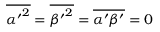
\overline { { { \alpha ^ { \prime } } ^ { 2 } } } = \overline { { { \beta ^ { \prime } } ^ { 2 } } } = \overline { { \alpha ^ { \prime } \beta ^ { \prime } } } = 0